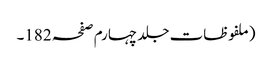
(ملفوظات جلد چہارم صفحہ 182۔